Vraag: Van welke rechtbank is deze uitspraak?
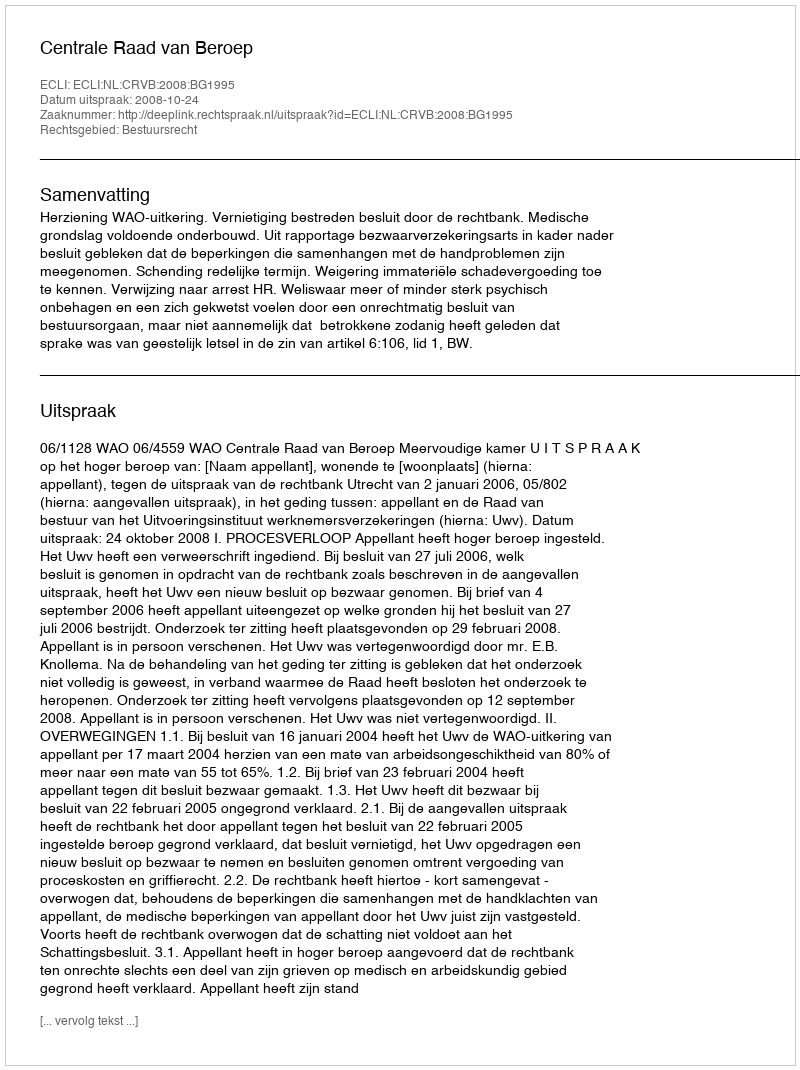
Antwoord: Centrale Raad van Beroep